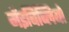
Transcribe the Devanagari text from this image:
मेंइबिब्लियो